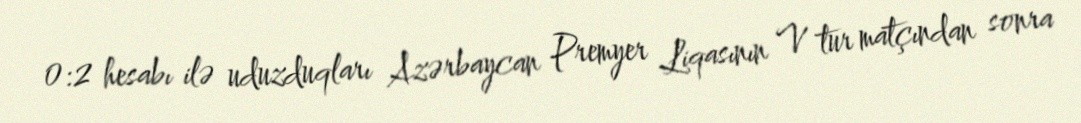
0:2 hesabı ilə uduzduqları Azərbaycan Premyer Liqasının V tur matçından sonra